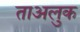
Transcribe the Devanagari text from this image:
ताअलुक